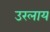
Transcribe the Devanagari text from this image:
उरलाय